Lunatic asylums Burma 1907-21 - 1907-1921
Year: 1907
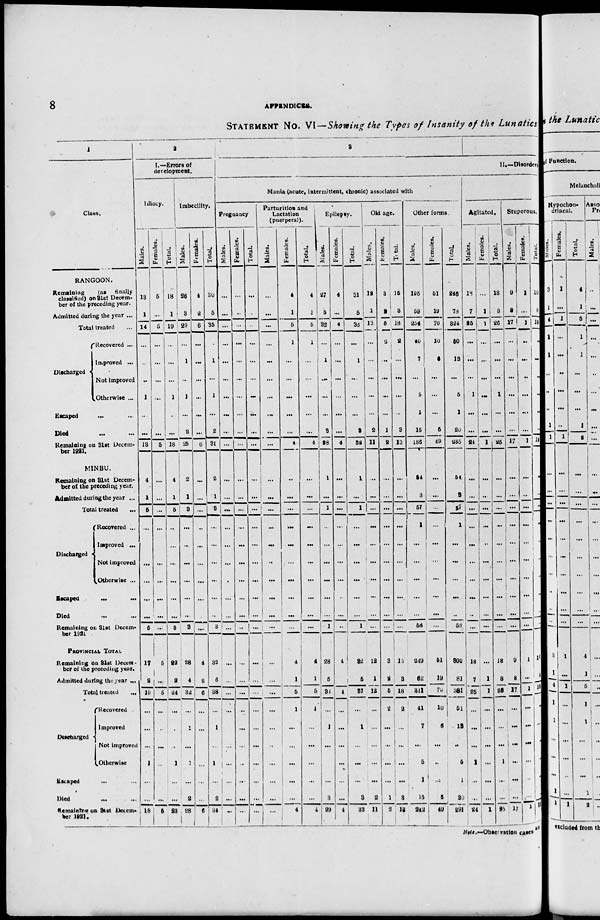
8
APPENDICES.
STATEMENT NO. VI—Showing the Types of Insanity of the Lunatics
1
Class.
RANGOON.
Remaining
(at finally
classified) on 31st Decem-
ber of the preceding year.
Admitted during the year ...
Total treated ...
Discharged
Recovered ...
Improved ...
Not improved
Otherwise ...
Escaped ... ...
Died ... ...
Remaining on 31st Decem-
ber 1921.
MINBU.
Remaining on 31st Decem-
ber of the preceding year.
Admitted during the year ...
Total treated
...
Discharged
Recovered ...
Improved ...
Not improved
Otherwise ...
Escaped ... ...
Died ... ...
Remaining on 31st Decem-
ber 1921
PROVINCIAL TOTAL
Remaining on 31st Decem-
ber of the preceding year.
Admitted during the year ...
Total treated ...
Discharged
Recovered ...
Improved ...
Not improved
Otherwise ...
Escaped ... ...
Died ... ...
Remaining on 31st Decem-
ber 1921.
2
I.—Errors of
development.
Idiocy.
Males.
13
1
14
...
...
...
1
...
...
13
4
1
5
...
...
...
...
...
...
5
17
2
19
...
...
...
1
...
...
18
Females.
5
...
5
...
...
...
...
...
...
5
...
...
...
...
...
...
...
...
...
...
5
...
5
...
...
...
...
...
...
5
Total.
18
1
19
...
...
...
1
...
...
18
4
1
5
...
...
...
...
...
...
5
22
2
24
...
...
...
1
...
...
23
Imbecility.
Males.
26
3
29
...
1
...
1
...
2
26
2
1
3
...
...
...
...
...
...
3
28
4
32
...
1
...
1
...
2
28
Females.
4
2
6
...
...
...
...
...
...
6
...
...
...
...
...
...
...
...
...
...
4
2
6
...
...
...
...
...
...
6
Total.
30
5
35
...
1
...
1
...
2
31
2
1
3
...
...
...
...
...
...
3
32
6
38
...
1
...
1
...
2
34
3
II.—Disorder
Mania (acute, intermittent, chronic) associated with
Pregnancy
Males.
...
...
...
...
...
...
...
...
...
...
...
...
...
...
...
...
...
...
...
...
...
...
...
...
...
...
...
...
...
...
Females.
...
...
...
...
...
...
...
...
...
...
...
...
...
...
...
...
...
...
...
...
...
...
...
...
...
...
...
...
...
...
Total.
...
...
...
...
...
...
...
...
...
...
...
...
...
...
...
...
...
...
...
...
...
...
...
...
...
...
...
...
...
...
Parturition and
Lactation
(puerperal).
Males.
...
...
...
...
...
...
...
...
...
...
...
...
...
...
...
...
...
...
...
...
...
...
...
...
...
...
...
...
...
...
Females.
4
1
6
1
...
...
...
...
...
4
...
...
...
...
...
...
...
...
...
...
4
1
5
1
...
...
...
...
...
4
Total.
4
1
6
1
...
...
...
...
...
4
...
...
...
...
...
...
...
...
...
...
4
1
5
1
...
...
...
...
...
4
Epilepsy.
Males.
27
5
32
...
1
...
...
...
3
28
1
...
1
...
...
...
...
...
...
...
28
5
33
...
1
...
...
...
3
29
Females.
4
...
4
...
...
...
...
...
...
4
...
...
...
...
...
...
...
...
...
...
4
...
4
...
...
...
...
...
...
4
Total.
31
5
36
...
1
...
...
...
3
32
1
...
...
...
...
...
...
...
...
...
82
5
37
...
1
...
...
...
3
33
Old age.
Males.
12
1
13
...
...
...
...
...
2
11
...
...
...
...
...
...
...
...
...
...
12
1
13
...
...
...
...
...
2
11
Females.
3
2
5
2
...
...
...
...
1
2
...
...
...
...
...
...
...
...
...
...
3
2
5
2
...
...
...
...
1
2
Total.
15
3
18
2
...
...
...
...
3
13
...
...
...
...
...
...
...
...
...
...
15
3
18
2
...
...
...
...
3
12
Other forms.
Males.
195
59
254
40
7
...
6
1
16
186
54
3
57
1
...
...
...
...
...
56
349
52
311
41
7
...
5
1
15
242
Females.
51
19
70
10
6
...
...
...
6
49
...
...
...
...
...
...
...
...
...
...
61
19
70
10
6
...
...
...
5
49
Total.
246
76
324
50
13
...
6
1
20
285
54
3
57
1
...
...
...
...
...
56
300
81
381
61
18
...
5
1
20
291
Agitated.
Males.
18
7
25
...
...
...
1
...
...
24
...
...
...
...
...
...
...
...
...
...
18
7
25
...
...
...
1
...
...
24
Females.
...
1
1
...
...
...
...
...
...
1
...
..
...
...
...
...
...
...
...
...
...
1
1
...
...
...
...
...
...
1
Total.
18
8
26
...
...
...
1
...
...
25
...
...
...
...
...
...
...
...
...
...
18
8
26
...
...
...
1
...
...
25
Stuporous.
Males.
9
8
17
...
...
...
...
...
...
17
...
...
...
...
...
...
...
...
...
...
9
8
17
...
...
...
...
...
...
17
Females.
1
...
1
...
...
...
...
...
...
1
...
...
...
...
...
...
...
...
...
...
1
...
1
...
...
...
...
...
...
1
Total.
10
8
18
...
...
...
...
...
...
18
...
...
...
...
...
...
...
...
...
...
10
8
18
...
...
...
...
...
...
18
Note.—Observation cases